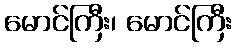
မောင်ကြီး၊ မောင်ကြီး